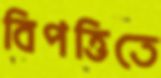
বিপত্তিতে